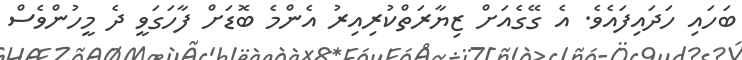
ބަހައި ހަދައިފައެވެ. އެ ގޭގެއަށް ޒިޔާރަތްކުރިއިރު އެންމެ ބޮޑަށް ފާހަގަވީ ދެ މީހުންވެސް